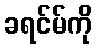
ခရင်မ်ကို